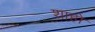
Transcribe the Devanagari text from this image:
शाहो